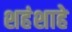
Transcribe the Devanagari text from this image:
शहंशाहे